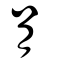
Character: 肙